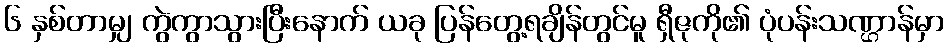
၆ နှစ်တာမျှ ကွဲကွာသွားပြီးနောက် ယခု ပြန်တွေ့ရချိန်တွင်မူ ရှီဇုကို၏ ပုံပန်းသဏ္ဌာန်မှာ